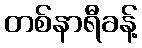
တစ်နာရီခန့်